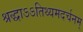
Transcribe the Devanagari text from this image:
श्रद्धाऽऽतिथ्यमदर्चनम्